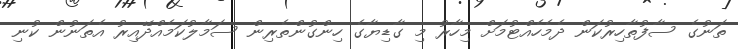
ތަނުގެ ސާފުތާހިރުކަން ދެމެހެއްޓުމަށް މިހާރު މި ގާޑިޔާގެ ހިންގުންތެރިން ސަމާލުކަމެއްދޭއިރު އެތަނުން ކުނި